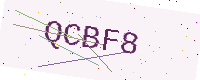
Text: QCBF8